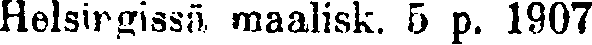
Helsingissä maalisk. 5 p. 1907